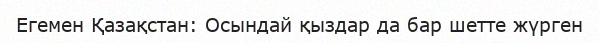
Егемен Қазақстан: Осындай қыздар да бар шетте жүрген